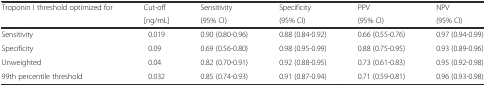
| <ROWSPAN=2> Troponin I threshold optimized for | Cut-off | Sensitivity | Specificity | PPV | NPV |
 | [ng/mL] | (95% CI) | (95% CI) | (95% CI) | (95% CI) |
 | --- | --- | --- | --- | --- | --- |
 | Sensitivity | 0.019 | 0.90 (0.80-0.96) | 0.88 (0.84-0.92) | 0.66 (0.55-0.76) | 0.97 (0.94-0.99) |
 | Specificity | 0.09 | 0.69 (0.56-0.80) | 0.98 (0.95-0.99) | 0.88 (0.75-0.95) | 0.93 (0.89-0.96) |
 | Unweighted | 0.04 | 0.82 (0.70-0.91) | 0.92 (0.88-0.95) | 0.73 (0.61-0.83) | 0.95 (0.92-0.98) |
 | 99th percentile threshold | 0.032 | 0.85 (0.74-0.93) | 0.91 (0.87-0.94) | 0.71 (0.59-0.81) | 0.96 (0.93-0.98) |